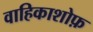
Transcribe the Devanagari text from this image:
वाहिकाशोफ़